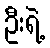
ဦးရဲ့